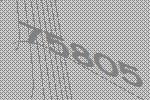
75805